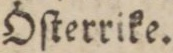
Öſterrike.